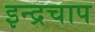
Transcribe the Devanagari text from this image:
इन्द्रचाप